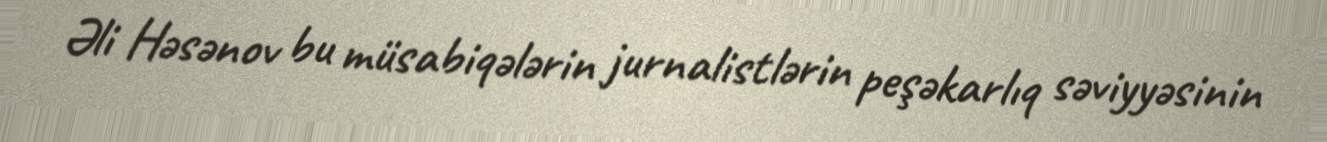
Əli Həsənov bu müsabiqələrin jurnalistlərin peşəkarlıq səviyyəsinin